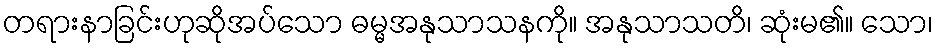
တရားနာခြင်းဟုဆိုအပ်သော ဓမ္မအနုသာသနကို။ အနုသာသတိ၊ ဆုံးမ၏။ သော၊